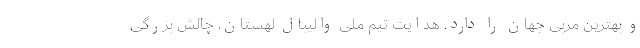
و بهترین مربی جهان را دارد. هدایت تیم ملی والیبال لهستان، چالش بزرگی